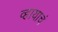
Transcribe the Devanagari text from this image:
व्हायाचं